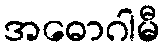
အဓောဂါမီ